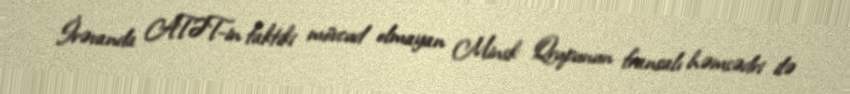
İrəvanda ATƏT-in faktiki mövcud olmayan Minsk Qrupunun fransalı həmsədri ilə